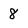
Character: 8